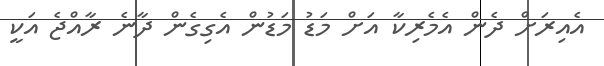
އެއިރަށް ދެން އެމެރިކާ އަށް މަޑު މަޑުން އެެގިގެން ދާނެ ރާއްޖެ އަކީ